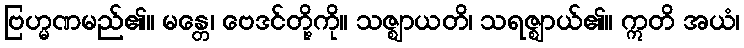
ဗြဟ္မဏမည်၏။ မန္တေ၊ ဗေဒင်တို့ကို။ သဇ္ဈာယတိ၊ သရဇ္ဈာယ်၏။ ဣတိ အယံ၊